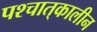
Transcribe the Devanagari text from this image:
पश्चात्‌कालीन